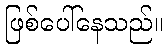
ဖြစ်ပေါ်နေသည်။